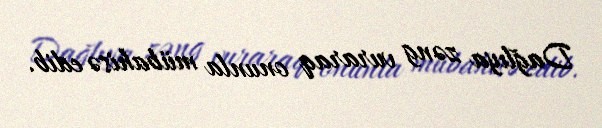
Dağlıya zəng vuraraq onunla mübahisə edib.